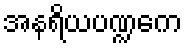
အနရိယပဏ္ဍကေ